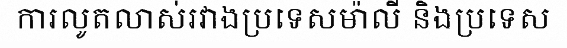
ការលូតលាស់រវាងប្រទេសម៉ាលី និងប្រទេស